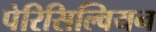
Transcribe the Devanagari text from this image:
पेरिसिल्वियन